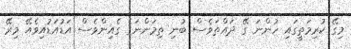
މިގޭ ކުރިމަތީގައި ހުންނަ ގޭ ދައްތަވެސް ބުނި ތިމަންނަގެ ގެއިންވެސް އަޑުއަޑުއިވެއޭ މިރޭ